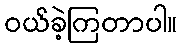
ဝယ်ခဲ့ကြတာပါ။